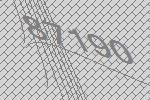
87190